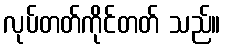
လုပ်တတ်ကိုင်တတ် သည်။